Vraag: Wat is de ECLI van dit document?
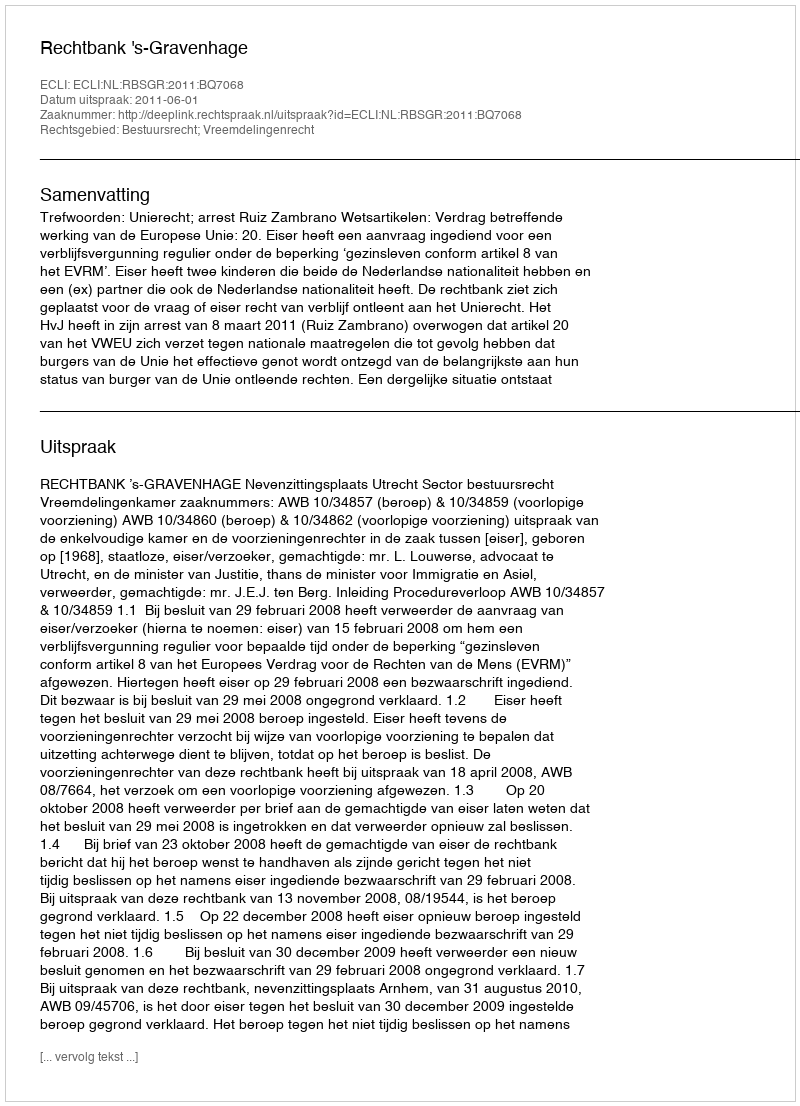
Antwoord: ECLI:NL:RBSGR:2011:BQ7068